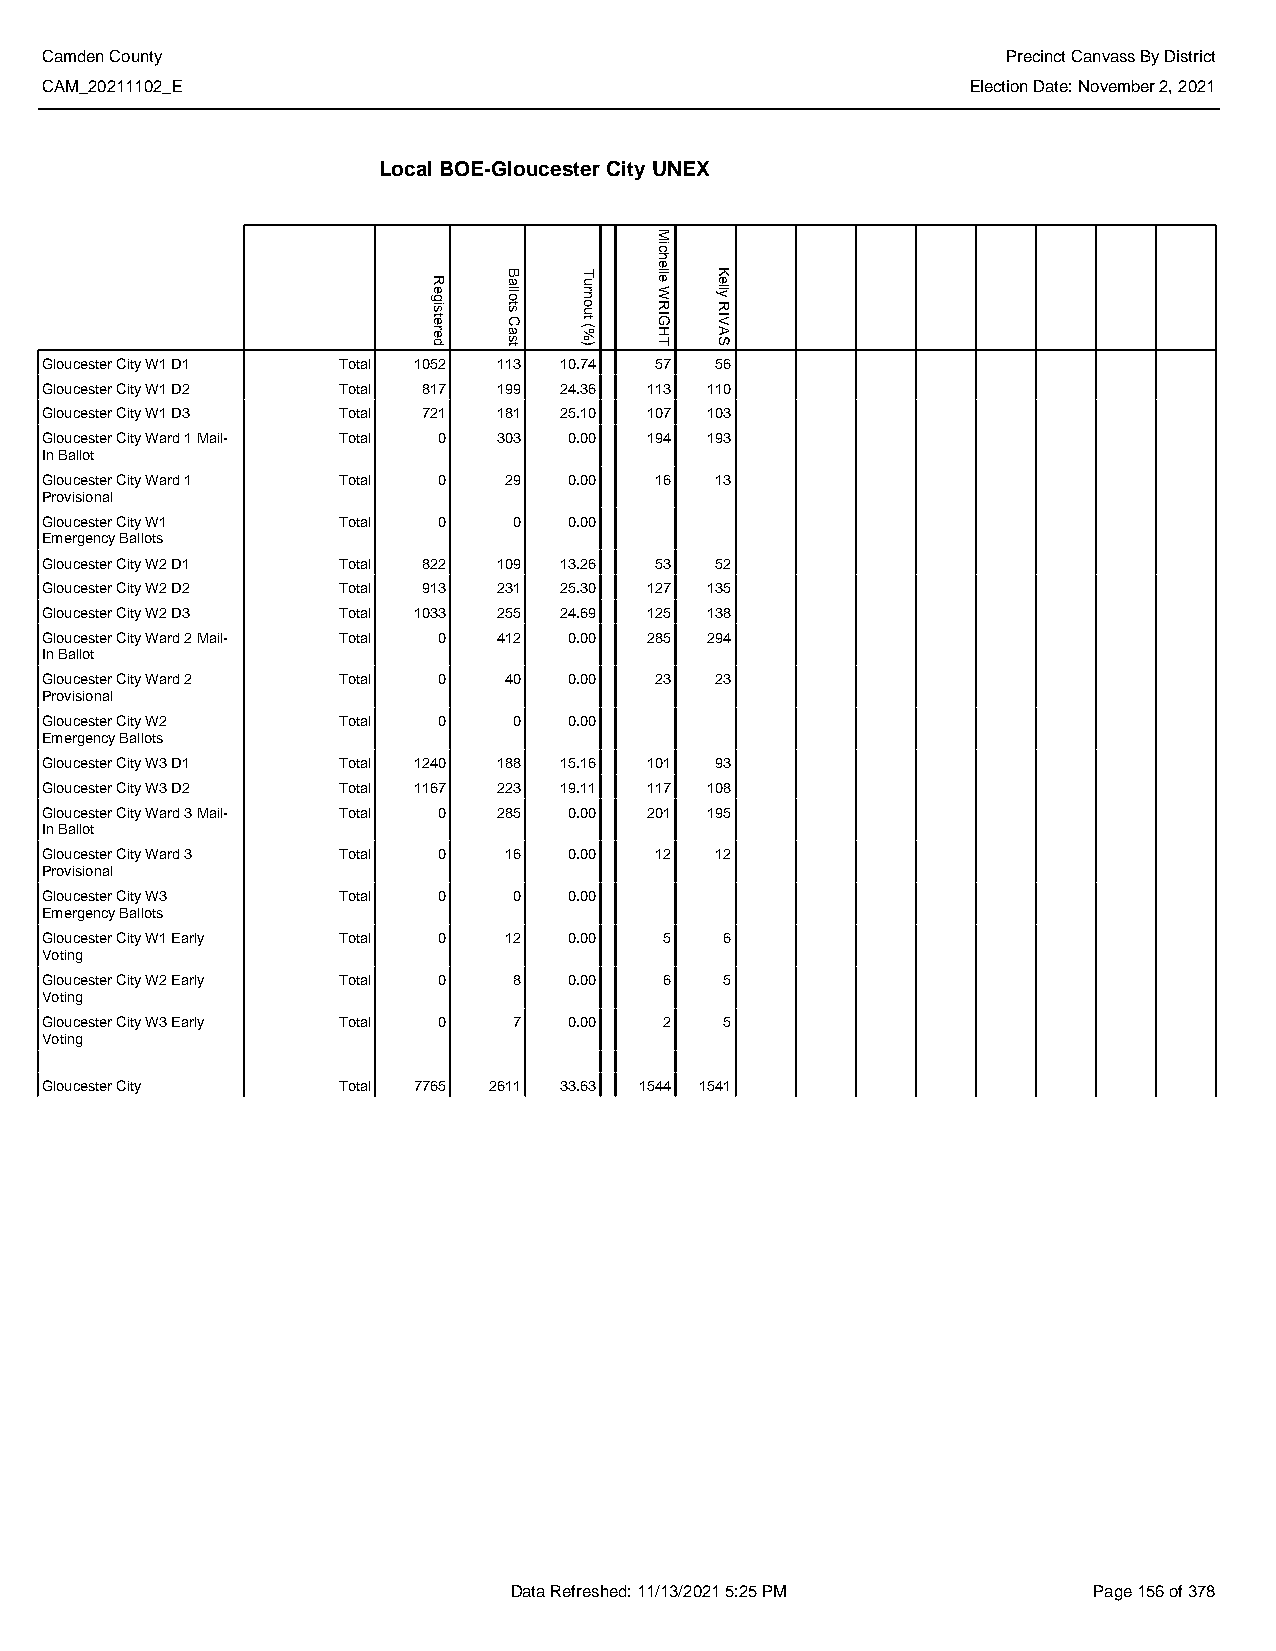
Camden County                                                   Precinct Canvass By District
 CAM_20211102_E                                               Election Date: November 2, 2021
 Local BOE-Gloucester City UNEX
 Gloucester City W1 D1 Total 1052 113 10.74 57 56
 Gloucester City W1 D2 Total 817 199 24.36 113 110
 Gloucester City W1 D3 Total 721 181 25.10 107 103
 Gloucester City Ward 1 Mail- Total 0 303 0.00 194 193
 In Ballot
 Gloucester City Ward 1 Total 0 29  0.00 16  13
 Provisional
 Gloucester City W1 Total  0    0   0.00
 Emergency Ballots
 Gloucester City W2 D1 Total 822 109 13.26 53 52
 Gloucester City W2 D2 Total 913 231 25.30 127 135
 Gloucester City W2 D3 Total 1033 255 24.69 125 138
 Gloucester City Ward 2 Mail- Total 0 412 0.00 285 294
 In Ballot
 Gloucester City Ward 2 Total 0 40  0.00 23  23
 Provisional
 Gloucester City W2 Total  0    0   0.00
 Emergency Ballots
 Gloucester City W3 D1 Total 1240 188 15.16 101 93
 Gloucester City W3 D2 Total 1167 223 19.11 117 108
 Gloucester City Ward 3 Mail- Total 0 285 0.00 201 195
 In Ballot
 Gloucester City Ward 3 Total 0 16  0.00 12  12
 Provisional
 Gloucester City W3 Total  0    0   0.00
 Emergency Ballots
 Gloucester City W1 Early Total 0 12 0.00 5   6
 Voting
 Gloucester City W2 Early Total 0 8 0.00  6   5
 Voting
 Gloucester City W3 Early Total 0 7 0.00  2   5
 Voting
 Gloucester City    Total 7765 2611 33.63 1544 1541
 Data Refreshed: 11/13/2021 5:25 PM    Page 156 of 378
 Registered
 Ballots
 Cast
 Turnout
 (%)
 Michelle
 WRIGHT
 Kelly
 RIVAS